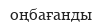
оңбағанды